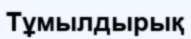
Тұмылдырық